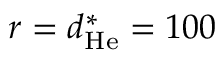
r = d _ { \mathrm { H e } } ^ { \ast } = 1 0 0